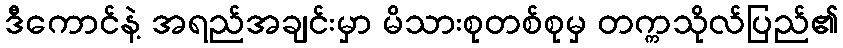
ဒီကောင်နဲ့ အရည်အချင်းမှာ မိသားစုတစ်စုမှ တက္ကသိုလ်ပြည်၏